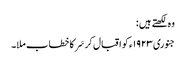
وہ لکھتے ہیں :
جنوری ١٩٢٣ء کو اقبال کر سَر کا خطاب ملا۔